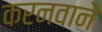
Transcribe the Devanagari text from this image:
करनवाने